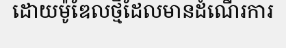
ដោយម៉ូឌែលថ្មីដែលមានដំណើរការ